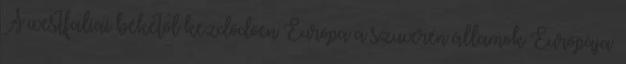
A westfaliai békétől kezdődően Európa a szuverén államok Európája.